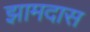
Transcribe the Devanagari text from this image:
झामदास